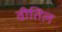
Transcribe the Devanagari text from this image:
वीतिल